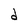
Character: d